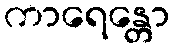
ကာရေန္တော